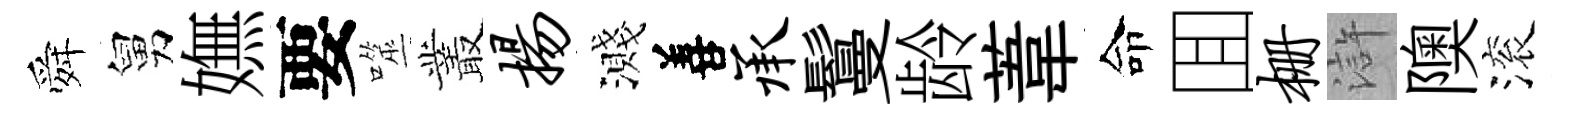
舜舅嫵要噬叢扬濺善承鬘龄葦命囬栅滸隩滚